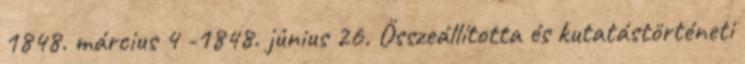
1848. március 4 -1848. június 26. Összeállította és kutatástörténeti